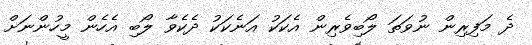
ދެ މަފިރިން ނުވަތަ ލޯބިވެރިން އެކަކު އަނެކަކު ދެކެވާ ލޯބި އެހެން މީހުންނަށް